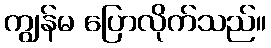
ကျွန်မ ပြောလိုက်သည်။